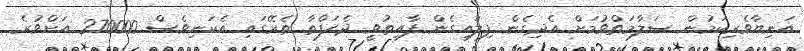
އަނިޔާވެރިކަމުން ސަލާމަތްވުމަށް އެދިގެން ފިލައިގެން ފާއިތުވީ ދެހަފްތާ ތެރޭގައި އެކަނިވެސް 270000 އަށްވުރެ